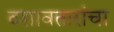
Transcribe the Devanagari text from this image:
दशावतारांचा